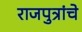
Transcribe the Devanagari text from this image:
राजपुत्रांचे